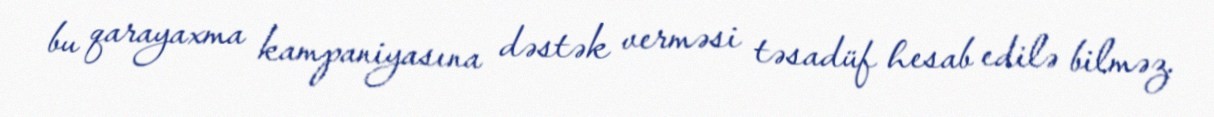
bu qarayaxma kampaniyasına dəstək verməsi təsadüf hesab edilə bilməz.